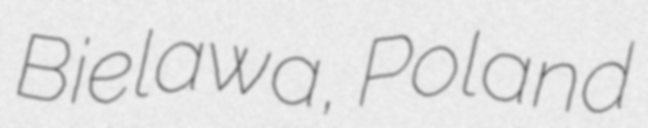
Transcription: Bielawa, Poland